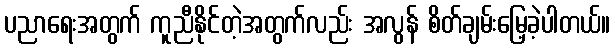
ပညာရေးအတွက် ကူညီနိုင်တဲ့အတွက်လည်း အလွန် စိတ်ချမ်းမြေ့ခဲ့ပါတယ်။